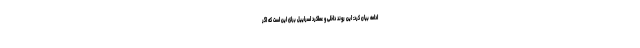
ادامه بیان کرد: این روند داخلی و عملکرد اسراییل برای این است که اگر